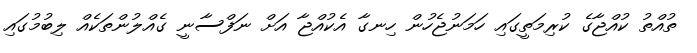
ތުއްތު ކުއްޖާގެ ކުރިމަތީގައި ހަމަނުޖެހުން ހިނގާ އެކުއްޖާ އަށް ނަފްސާނީ ގެއްލުންތަކެއް ލިބުމުގައި